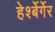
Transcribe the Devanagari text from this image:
हेर्श्बेर्गेर